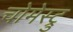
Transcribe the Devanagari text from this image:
चोमेस्ट्रु